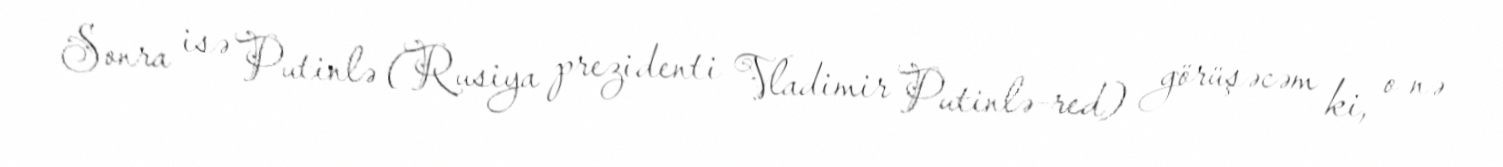
Sonra isə Putinlə (Rusiya prezidenti Vladimir Putinlə-red) görüşəcəm ki, o nə